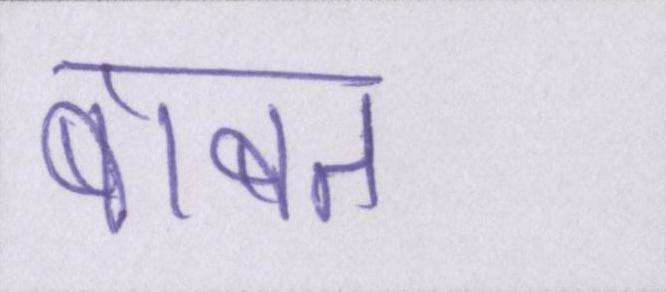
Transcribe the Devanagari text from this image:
बाबत